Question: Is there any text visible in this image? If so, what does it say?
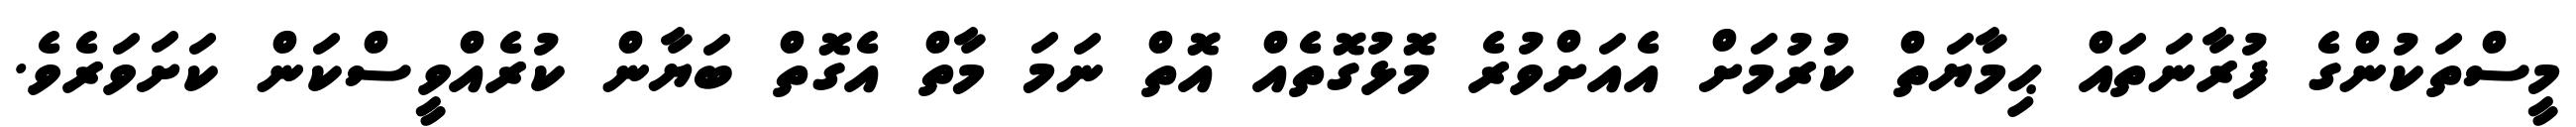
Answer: މީސްތަކުންގެ ފުރާނަތައް ޙިމާޔަތް ކުރުމަށް އެއަށްވުރެ މޮޅުގޮތެއް އޮތް ނަމަ މާތް އެގޮތް ބަޔާން ކުރެއްވީސްކަން ކަށަވަރެވެ.